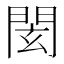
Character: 𨴋